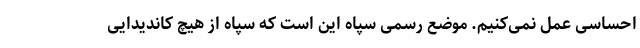
احساسی عمل نمی‌کنیم. موضع رسمی سپاه این است که سپاه از هیچ کاندیدایی